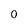
Character: O